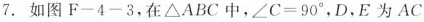
7.如图F-4-3，在△ABC中，$$∠ C = 9 0 °$$，D，E为AC